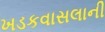
ખડકવાસલાની